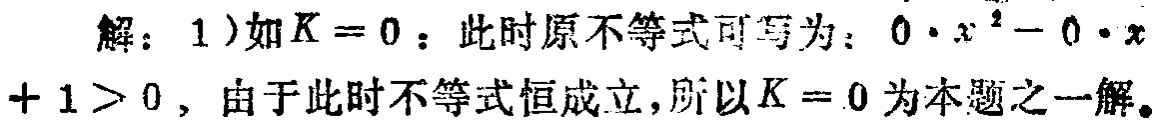
解：1）如\(K = 0\)：此时原不等式可写为：\(0\cdot x^{2}-0\cdot x + 1>0\)，由于此时不等式恒成立，所以\(K = 0\)为本题之一解。